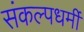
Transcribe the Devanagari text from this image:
संकल्पधर्मी